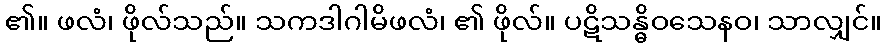
၏။ ဖလံ၊ ဖိုလ်သည်။ သကဒါဂါမိဖလံ၊ ၏ ဖိုလ်။ ပဋိသန္ဓိဝသေနဝ၊ သာလျှင်။